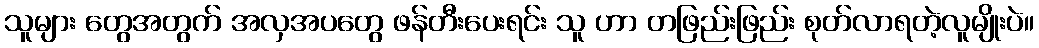
သူများ တွေအတွက် အလှအပတွေ ဖန်တီးပေးရင်း သူ ဟာ တဖြည်းဖြည်း စုတ်လာရတဲ့လူမျိုးပဲ။